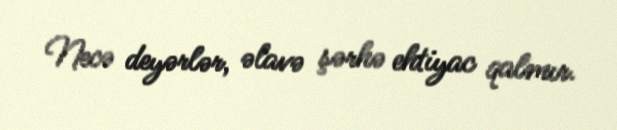
Necə deyərlər, əlavə şərhə ehtiyac qalmır.